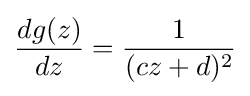
{dg(z) \over dz}={1 \over (cz+d)^{2}}